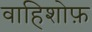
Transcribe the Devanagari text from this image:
वाहिशोफ़